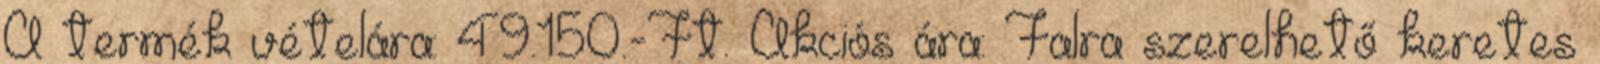
A termék vételára: 49.150.-Ft. Akciós ára: Falra szerelhető keretes